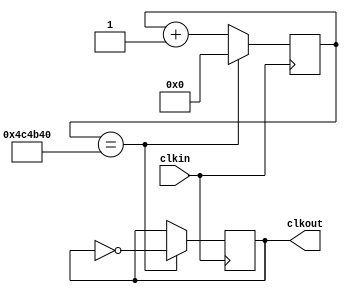
module clk_state(clkin, clkout);
	input clkin;
	output clkout;
	reg clkout;
	reg [23:0]cont;
	initial begin
		clkout = 1'b0;
		cont = 24'b000000000000000000000000;
	end
	
	always@(posedge clkin)begin
		if(cont == 24'b010011000100101101000000)begin
			clkout <= ~clkout;
			cont = 24'b000000000000000000000000;
		end
		else begin
			cont <= cont + 24'b000000000000000000000001;
		end
	end
	
endmodule